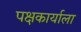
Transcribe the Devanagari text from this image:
पक्षकार्याला